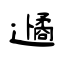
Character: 遹